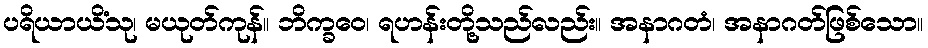
ပရိယာယိံသု၊ မယုတ်ကုန်။ ဘိက္ခဝေ၊ ရဟန်းတို့သည်လည်း။ အနာဂတံ၊ အနာဂတ်ဖြစ်သော။